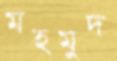
মহমুদ